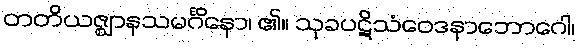
တတိယဇ္ဈာနသမင်္ဂိနော၊ ၏။ သုခပဋိသံဝေဒနာဘောဂေါ၊